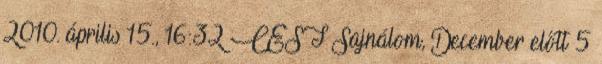
2010. április 15., 16:32 CEST Sajnálom, December előtt 5